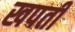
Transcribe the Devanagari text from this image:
खपती